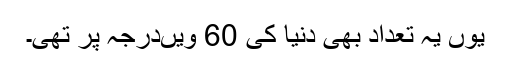
یوں یہ تعداد بھی دنیا کی 60 ویںدرجہ پر تھی۔